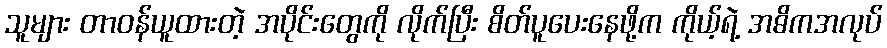
သူများ တာဝန်ယူထားတဲ့ အပိုင်းတွေကို လိုက်ပြီး စိတ်ပူပေးနေဖို့က ကိုယ့်ရဲ့ အဓိကအလုပ်